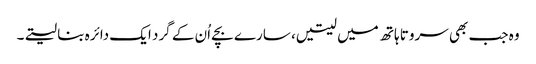
وہ جب بھی سروتا ہاتھ میں لیتیں، سارے بچے اُن کے گرد ایک دائرہ بنا لیتے۔